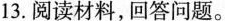
13.阅读材料，回答问题。